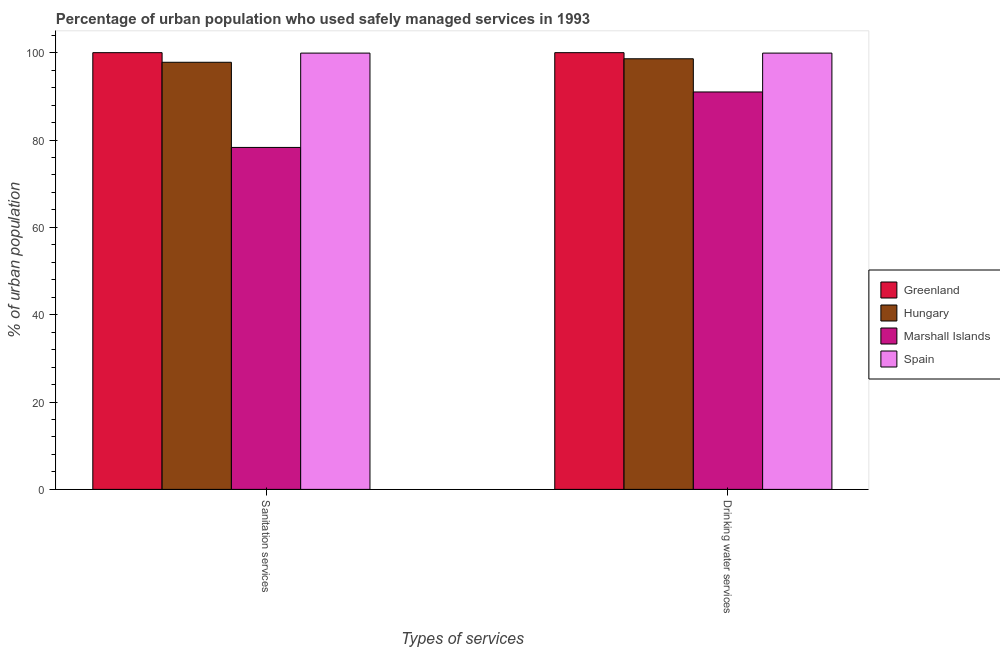
| Types of services | Greenland | Hungary | Marshall Islands | Spain |
 | --- | --- | --- | --- | --- |
 | Sanitation services | 100 | 97.8 | 78.3 | 99.9 |
 | Drinking water services | 100 | 98.6 | 91 | 99.9 |